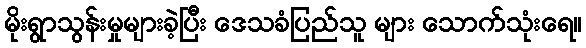
မိုးရွာသွန်းမှုများခဲ့ပြီး ဒေသခံပြည်သူ များ သောက်သုံးရေ။